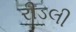
રીડલી